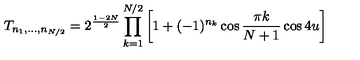
T _ { n _ { 1 } , \ldots , n _ { N / 2 } } = 2 ^ { \frac { 1 - 2 N } { 2 } } \prod _ { k = 1 } ^ { N / 2 } \left[ 1 + ( - 1 ) ^ { n _ { k } } \cos \frac { \pi k } { N + 1 } \cos 4 u \right]